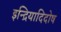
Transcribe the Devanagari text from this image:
इन्द्रियादिदोष